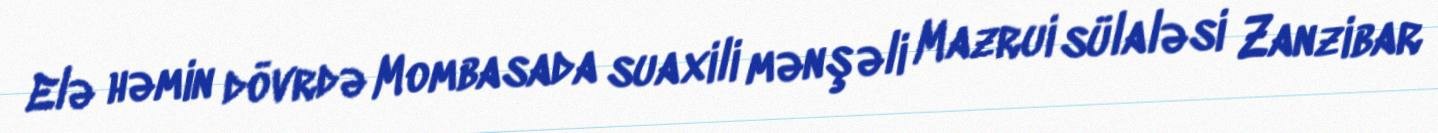
Elə həmin dövrdə Mombasada suaxili mənşəli Mazrui sülaləsi Zanzibar